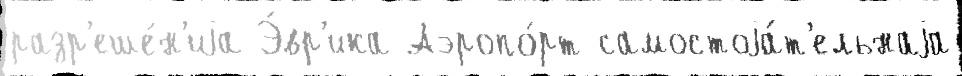
разр'еше́н'иjа Э́вр'ика Аэропо́рт самостоjа́т'ельнаjа